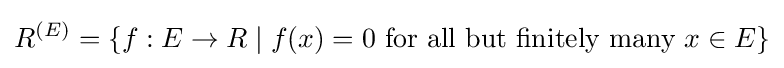
R^{(E)}=\{f:E\to R\mid f(x)=0{\text{ for all but finitely many }}x\in E\}